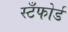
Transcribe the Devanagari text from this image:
स्टँफोर्ड